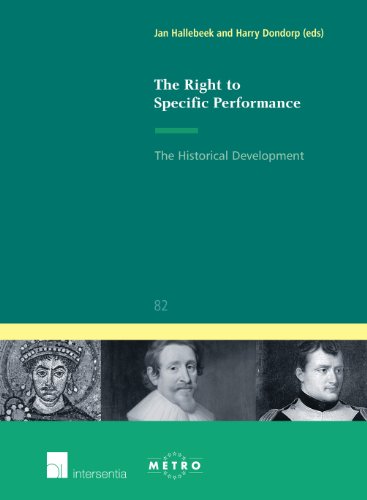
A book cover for The Right to Specific Performance: The Historical Development (Ius Commune Europaeum); Law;